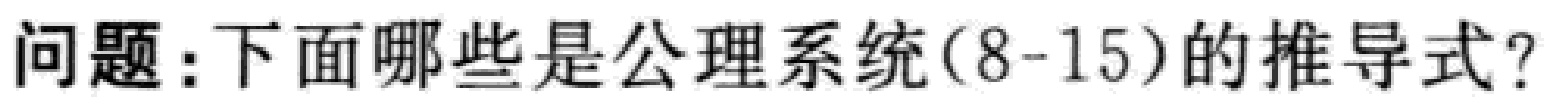
问题：下面哪些是公理系统(8-15)的推导式?